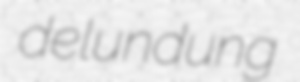
delundung